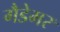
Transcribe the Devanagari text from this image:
गैडेमर